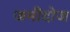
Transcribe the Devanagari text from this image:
जमींदोज